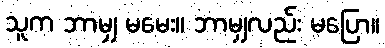
သူက ဘာမျှ မမေး။ ဘာမျှလည်း မပြော။